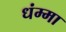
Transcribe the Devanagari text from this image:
धंम्मा